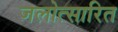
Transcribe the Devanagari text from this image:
जलोत्सारित